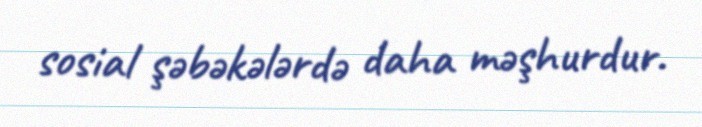
sosial şəbəkələrdə daha məşhurdur.